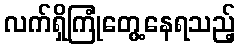
လက်ရှိကြုံတွေ့နေရသည့်